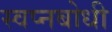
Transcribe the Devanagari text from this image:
स्वप्नबोधी